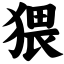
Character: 猥